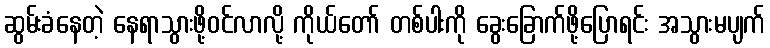
ဆွမ်းခံနေတဲ့ နေရာသွားဖို့ဝင်လာလို့ ကိုယ်တော် တစ်ပါးကို ခွေးခြောက်ဖို့ပြောရင်း အသွားမပျက်